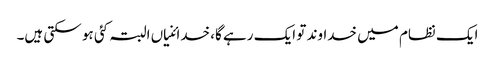
ایک نظام میں خداوند تو ایک رہے گا، خدائنیاں البتہ کئی ہو سکتی ہیں۔